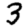
Digit: 3